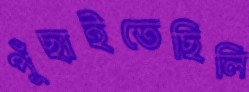
পুঁছাইতেছিলি